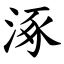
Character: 涿